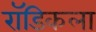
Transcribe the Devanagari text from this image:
रॉडिकला